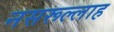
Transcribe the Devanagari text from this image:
नसरूल्लाह